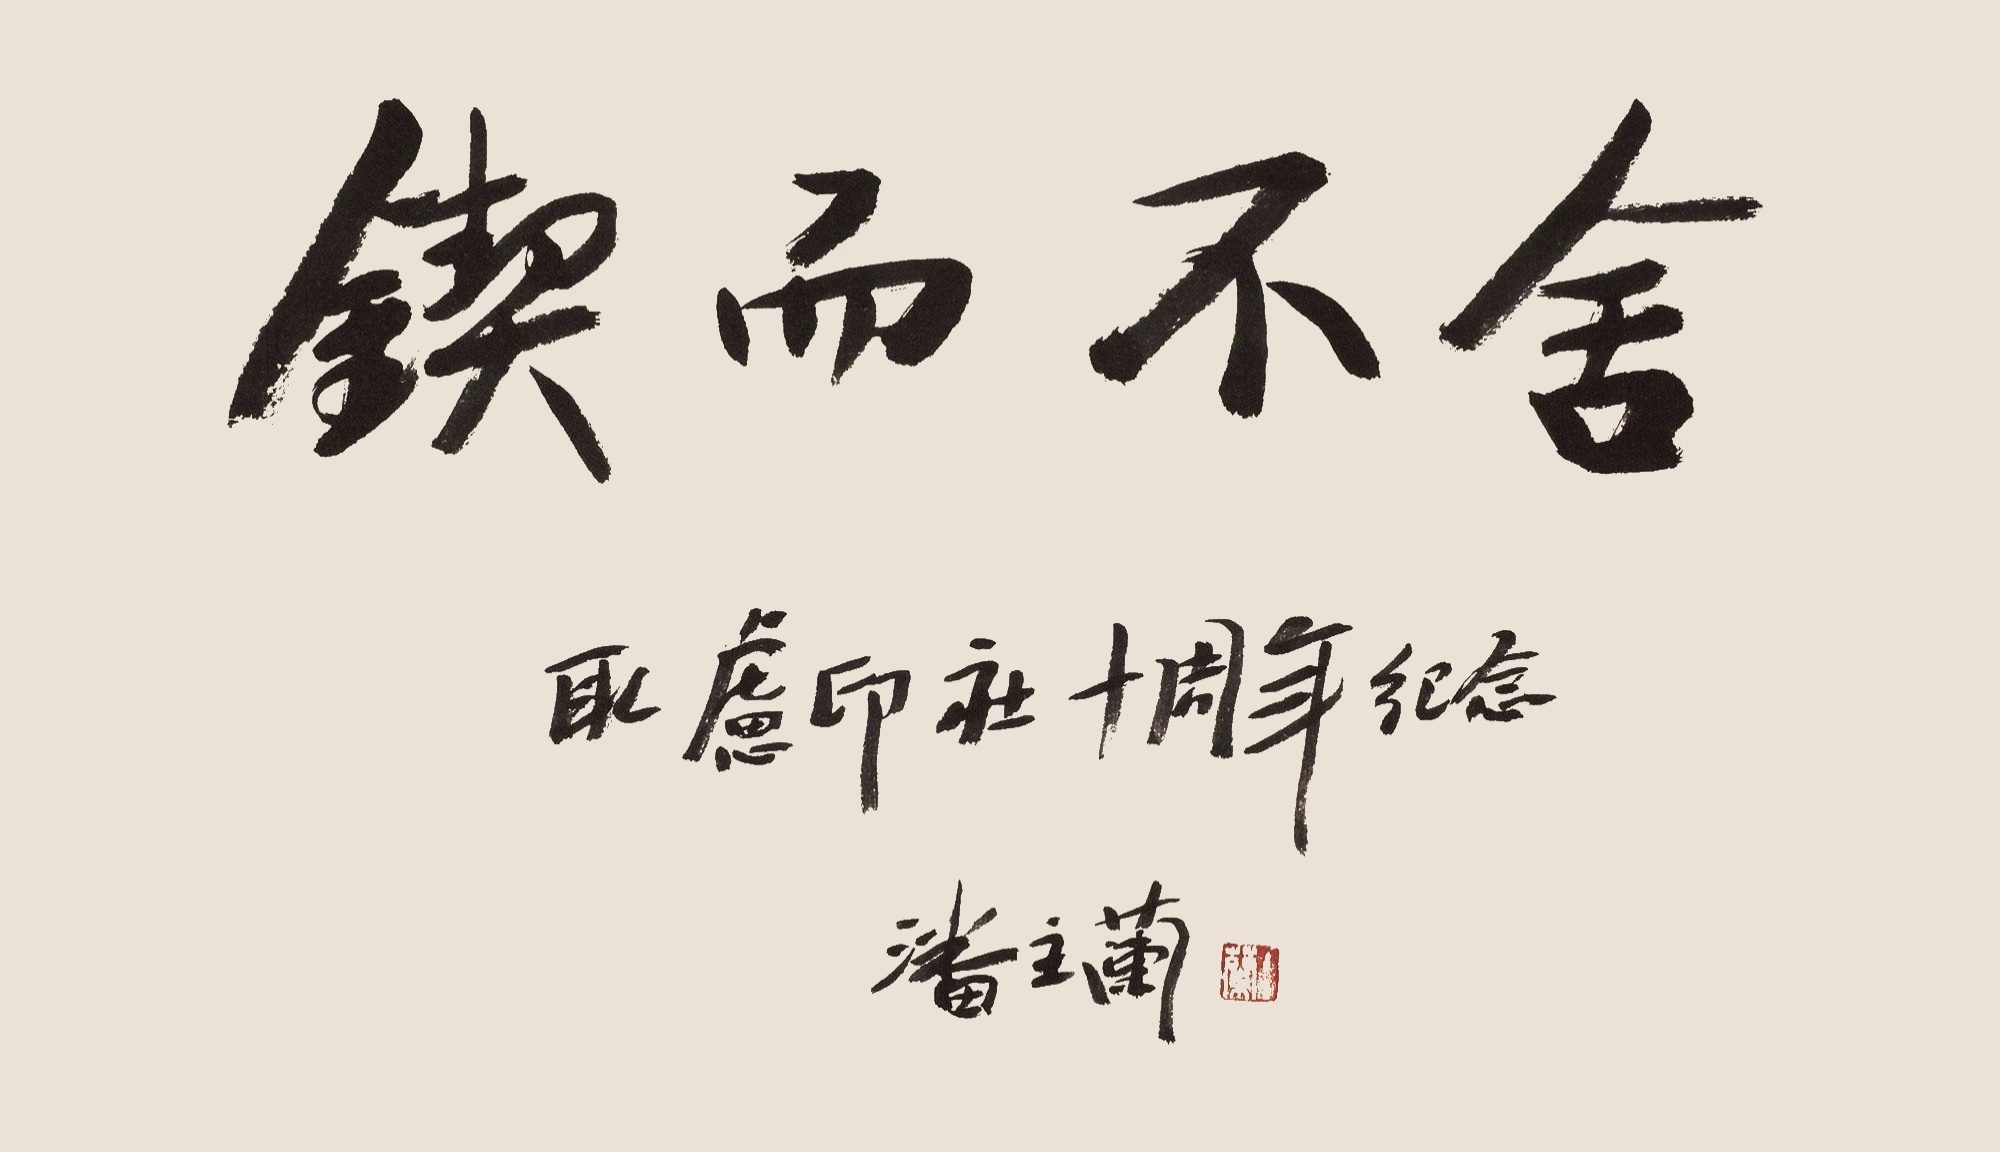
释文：锲而不舍耴虑印社十周年纪念。潘主兰。